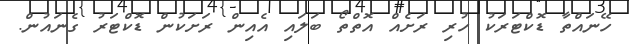
ހޭނައްތާ ޑޮކްޓަރަކު ހުރި ރަށެއް އޮތްތޯ ބަލައި އެއިން ރަށަކުން ޑޮކްޓަރު ގެނައުން.